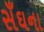
સઁઘના